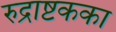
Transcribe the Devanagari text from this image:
रुद्राष्टकका